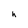
Character: h